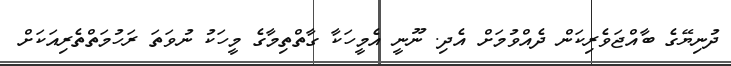
ދުނިޔޭގެ ބާއްޖަވެރިކަން ދެއްވުމަށް އެދި. ނޫނީ އެމީހަކާ ގާތްތިމާގެ މީހަކު ނުވަތަ ރަހުމަތްތެރިއަކަށް